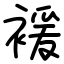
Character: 褑